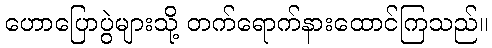
ဟောပြောပွဲများသို့ တက်ရောက်နားထောင်ကြသည်။